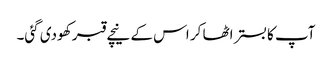
آپ کا بستر اٹھا کر اس کے نیچے قبر کھودی گئی۔